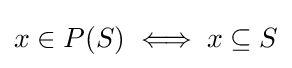
x\in P(S)\iff x\subseteq S